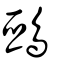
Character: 鵶